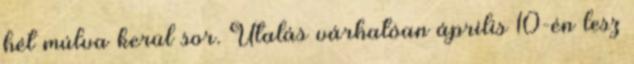
hét múlva kerül sor. Utalás várhatóan április 10-én lesz